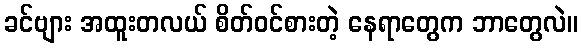
ခင်ဗျား အထူးတလယ် စိတ်ဝင်စားတဲ့ နေရာတွေက ဘာတွေလဲ။